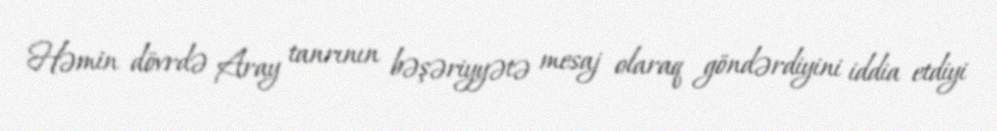
Həmin dövrdə Aray tanrının bəşəriyyətə mesaj olaraq göndərdiyini iddia etdiyi